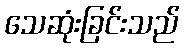
သေဆုံးခြင်းသည်